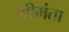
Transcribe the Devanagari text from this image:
श्रीमंता